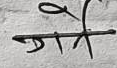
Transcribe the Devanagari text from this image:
मेजिरा